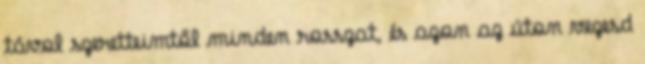
távol szeretteimtől minden rosszat, és azon az úton vezesd